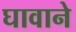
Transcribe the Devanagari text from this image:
घावाने